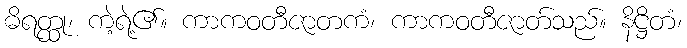
ဓိရတ္ထု၊ ကဲ့ရဲ့၏။ ကာကဝတီဇာတကံ၊ ကာကဝတီဇာတ်သည်။ နိဋ္ဌိတံ၊